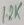
Text: 12K